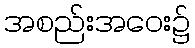
အစည်းအဝေး၌